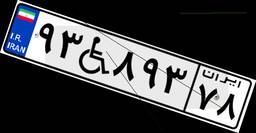
۷۱W۰۳۵۱۷